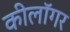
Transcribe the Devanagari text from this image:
कीलॉगर